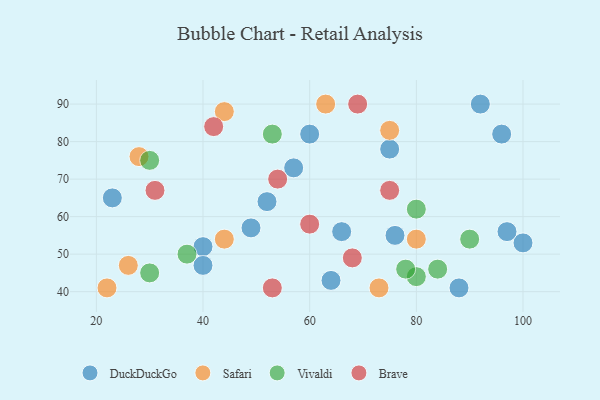
{"axis": {"x": "GDP", "y": "Life Expectancy"}, "legend": ["Brave", "DuckDuckGo", "Safari", "Vivaldi"], "data": [{"x": "40", "y": 52, "type": "DuckDuckGo"}, {"x": "60", "y": 82, "type": "DuckDuckGo"}, {"x": "75", "y": 78, "type": "DuckDuckGo"}, {"x": "64", "y": 43, "type": "DuckDuckGo"}, {"x": "100", "y": 53, "type": "DuckDuckGo"}, {"x": "88", "y": 41, "type": "DuckDuckGo"}, {"x": "49", "y": 57, "type": "DuckDuckGo"}, {"x": "96", "y": 82, "type": "DuckDuckGo"}, {"x": "66", "y": 56, "type": "DuckDuckGo"}, {"x": "97", "y": 56, "type": "DuckDuckGo"}, {"x": "23", "y": 65, "type": "DuckDuckGo"}, {"x": "57", "y": 73, "type": "DuckDuckGo"}, {"x": "92", "y": 90, "type": "DuckDuckGo"}, {"x": "52", "y": 64, "type": "DuckDuckGo"}, {"x": "76", "y": 55, "type": "DuckDuckGo"}, {"x": "40", "y": 47, "type": "DuckDuckGo"}, {"x": "44", "y": 88, "type": "Safari"}, {"x": "26", "y": 47, "type": "Safari"}, {"x": "80", "y": 54, "type": "Safari"}, {"x": "22", "y": 41, "type": "Safari"}, {"x": "44", "y": 54, "type": "Safari"}, {"x": "73", "y": 41, "type": "Safari"}, {"x": "63", "y": 90, "type": "Safari"}, {"x": "28", "y": 76, "type": "Safari"}, {"x": "75", "y": 83, "type": "Safari"}, {"x": "37", "y": 50, "type": "Vivaldi"}, {"x": "80", "y": 62, "type": "Vivaldi"}, {"x": "80", "y": 44, "type": "Vivaldi"}, {"x": "84", "y": 46, "type": "Vivaldi"}, {"x": "30", "y": 45, "type": "Vivaldi"}, {"x": "78", "y": 46, "type": "Vivaldi"}, {"x": "30", "y": 75, "type": "Vivaldi"}, {"x": "90", "y": 54, "type": "Vivaldi"}, {"x": "53", "y": 82, "type": "Vivaldi"}, {"x": "68", "y": 49, "type": "Brave"}, {"x": "31", "y": 67, "type": "Brave"}, {"x": "42", "y": 84, "type": "Brave"}, {"x": "75", "y": 67, "type": "Brave"}, {"x": "69", "y": 90, "type": "Brave"}, {"x": "53", "y": 41, "type": "Brave"}, {"x": "54", "y": 70, "type": "Brave"}, {"x": "60", "y": 58, "type": "Brave"}]}